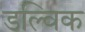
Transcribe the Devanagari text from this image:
डल्विक